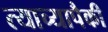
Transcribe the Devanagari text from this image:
त्याच्यापैकी